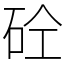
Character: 砼